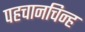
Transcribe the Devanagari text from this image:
पहचानचिन्ह